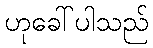
ဟုခေါ်ပါသည်